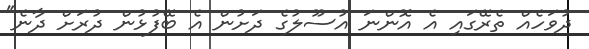
ދުވަހެއް ތެރޭގައި އެ އޮންނަ އުސޫލުގެ ދަށުން އެ ބޭފުޅުން ދުރަށް ދާނެ"